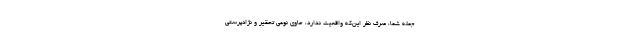
جملهٔ شما، صرف نظر این‌که واقعیت ندارد، حاوی نوعی تحقیر و نژادپرستی